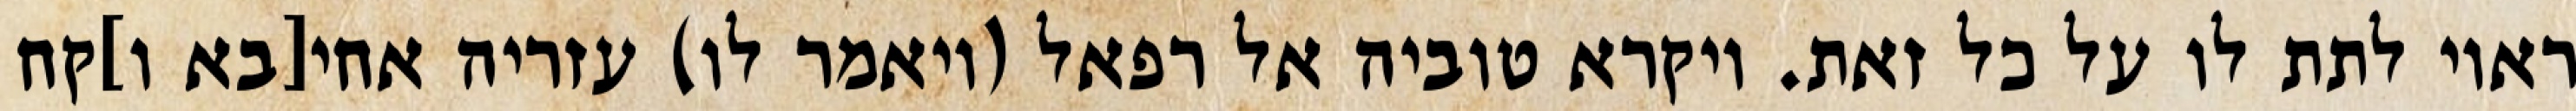
ראוי לתת לו על כל זאת. ויקרא טוביה אל רפאל (ויאמר לו) עזריה אחי[בא ו]קח